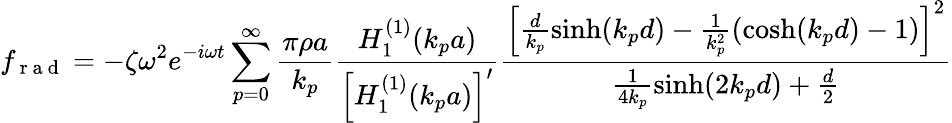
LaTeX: f_{\mathrm{~r~a~d~}}=-\zeta\omega^{2}e^{-i\omega t}\sum_{p=0}^{\infty}\frac{\pi\rho a}{k_{p}}\frac{H_{1}^{(1)}(k_{p}a)}{\left[H_{1}^{(1)}(k_{p}a)\right]^{\prime}}\frac{\left[\frac{d}{k_{p}}\sinh(k_{p}d)-\frac{1}{k_{p}^{2}}(\cosh(k_{p}d)-1)\right]^{2}}{\frac{1}{4k_{p}}\sinh(2k_{p}d)+\frac{d}{2}}